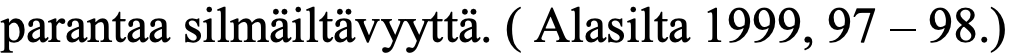
parantaa silmäiltävyyttä. ( Alasilta 1999, 97 – 98.)